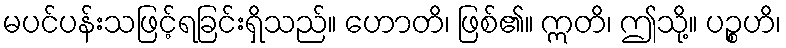
မပင်ပန်းသဖြင့်ရခြင်းရှိသည်။ ဟောတိ၊ ဖြစ်၏။ ဣတိ၊ ဤသို့။ ပဉ္စဟိ၊